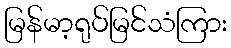
မြန်မာ့ရုပ်မြင်သံကြား